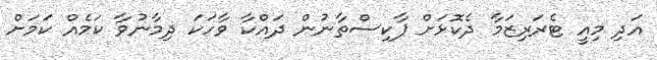
އަދި މިއީ ޓެރަރިޒަމާ ދެކޮޅަށް ޕާކިސްތާނުން ދައްކާ ވާހަކަ ދިމާނުވާ ކަމެއް ކަމަށް